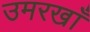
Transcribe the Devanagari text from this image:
उमरखाँ